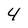
Character: 4